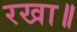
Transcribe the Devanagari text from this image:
रखा॥